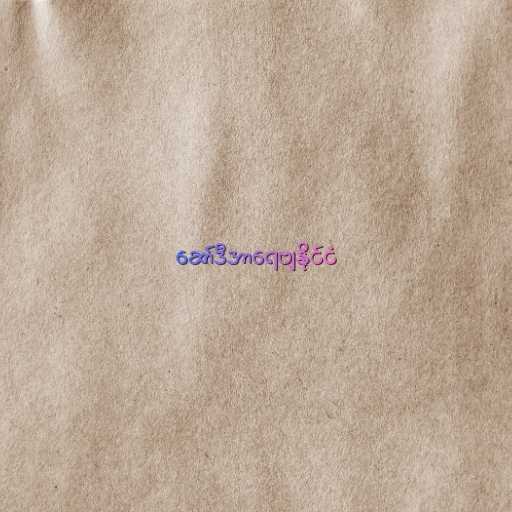
ဆော်ဒီအာရေဗျနိုင်ငံ